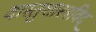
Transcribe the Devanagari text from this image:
वास्तुशास्त्रविद्